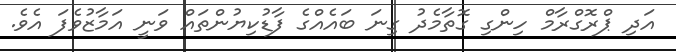
އަދި ޕްރޮގްރާމް ހިންގި ގޮތާމެދު ގިނަ ބައެއްގެ ފާޑުކިޔުންތައް ވަނީ އަމާޒުވެފަ އެވެ.